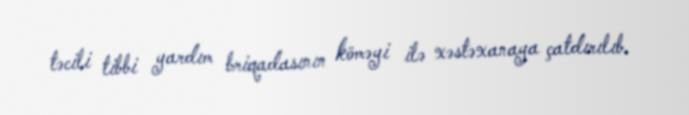
təcili tibbi yardım briqadasının köməyi ilə xəstəxanaya çatdırılıb.